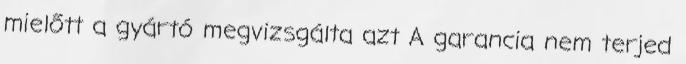
mielőtt a gyártó megvizsgálta azt A garancia nem terjed